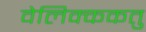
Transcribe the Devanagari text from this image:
वेलिक्ककतु